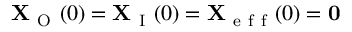
\mathbf { X } _ { \mathrm { ~ O ~ } } ( 0 ) = \mathbf { X } _ { \mathrm { ~ I ~ } } ( 0 ) = \mathbf { X } _ { \mathrm { ~ e ~ f ~ f ~ } } ( 0 ) = \mathbf { 0 }